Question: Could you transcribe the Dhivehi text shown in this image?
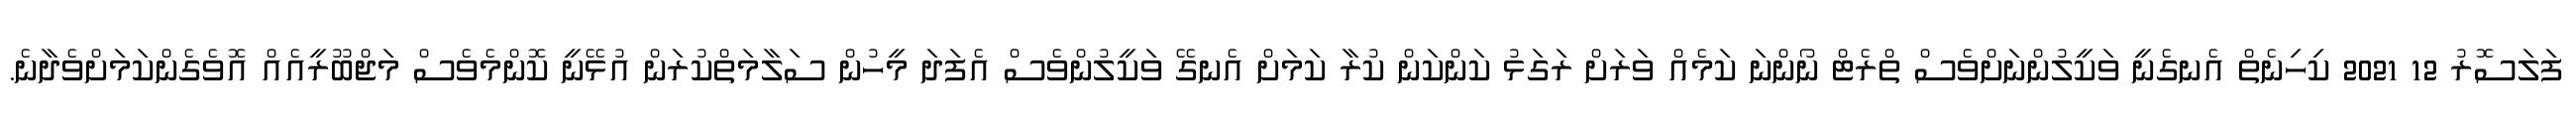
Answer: ފަލަސޮރު 12 2021 ކިހިނެތް އެނގެނީ ވަކީލުންނަށްވެސް ތްރެޓް ނޯންނަ ކަމެއް ވަރަށް ރަގަޅު ކަންކަން ކުރާ ކަމަށް އެނގޭ ވަކީލުންވެސް އެފަދަ މީހުން ސަލާމަތްކުރަން އުޅޭނީ ކޮންމެވެސް މަޖްބޫރީއެއް އޮވެގެންކަމަށްވެދާނެ.